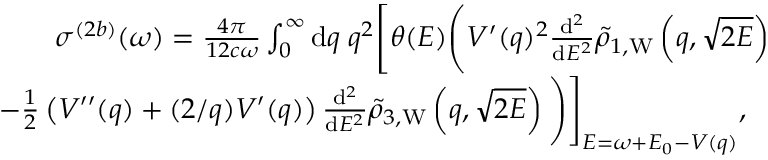
\begin{array} { r } { \sigma ^ { ( 2 b ) } ( \omega ) = \frac { 4 \pi } { 1 2 c \omega } \int _ { 0 } ^ { \infty } \ensuremath { \mathrm { d } } q \; q ^ { 2 } \Biggl [ \theta ( E ) \Biggl ( V ^ { \prime } ( q ) ^ { 2 } \frac { \ensuremath { \mathrm { d } } ^ { 2 } } { \ensuremath { \mathrm { d } } E ^ { 2 } } \tilde { \rho } _ { 1 , \mathrm { W } } \left( q , \sqrt { 2 E } \right) } \\ { - \frac { 1 } { 2 } \left( V ^ { \prime \prime } ( q ) + ( 2 / q ) V ^ { \prime } ( q ) \right) \frac { \ensuremath { \mathrm { d } } ^ { 2 } } { \ensuremath { \mathrm { d } } E ^ { 2 } } \tilde { \rho } _ { 3 , \mathrm { W } } \left( q , \sqrt { 2 E } \right) \Biggl ) \Biggl ] _ { E = \omega + E _ { 0 } - V ( q ) } , \; \; \; } \end{array}